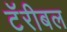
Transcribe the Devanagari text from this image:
टॅरीबल